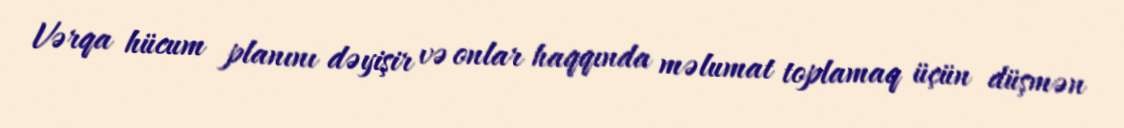
Vərqa hücum planını dəyişir və onlar haqqında məlumat toplamaq üçün düşmən